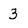
Character: 3